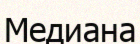
Медиана